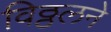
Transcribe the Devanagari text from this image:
विठ्ठलने